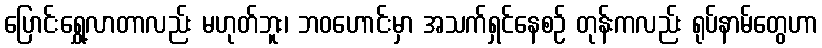
ပြောင်းရွှေ့လာတာလည်း မဟုတ်ဘူး၊ ဘဝဟောင်းမှာ အသက်ရှင်နေစဉ် တုန်းကလည်း ရုပ်နာမ်တွေဟာ